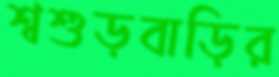
শ্বশুড়বাড়ির